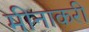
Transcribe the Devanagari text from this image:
मीनाकरी